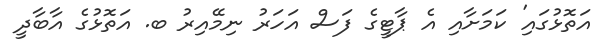
އަތޮޅުގައި' ކަމަށާއި އެ ޕާޓީގެ ފަސް އަހަރު ނިމޭއިރު ބ. އަތޮޅުގެ އާބާދީ